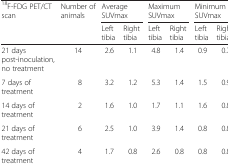
<table><thead><tr><td rowspan="2"><b><sup>18</sup>F-FDG PET/CT scan</b></td><td rowspan="2"><b>Number of animals</b></td><td colspan="2"><b>Average SUVmax</b></td><td colspan="2"><b>Maximum SUVmax</b></td><td colspan="2"><b>Minimum SUVmax</b></td></tr><tr><td><b>Left tibia</b></td><td><b>Right tibia</b></td><td><b>Left tibia</b></td><td><b>Right tibia</b></td><td><b>Left tibia</b></td><td><b>Right tibia</b></td></tr></thead><tbody><tr><td>21 days post-inoculation, no treatment</td><td>14</td><td>2.6</td><td>1.1</td><td>4.8</td><td>1.4</td><td>0.9</td><td>0.7</td></tr><tr><td>7 days of treatment</td><td>8</td><td>3.2</td><td>1.2</td><td>5.3</td><td>1.4</td><td>1.5</td><td>0.9</td></tr><tr><td>14 days of treatment</td><td>2</td><td>1.6</td><td>1.0</td><td>1.7</td><td>1.1</td><td>1.6</td><td>0.8</td></tr><tr><td>21 days of treatment</td><td>6</td><td>2.5</td><td>1.0</td><td>3.9</td><td>1.4</td><td>0.8</td><td>0.8</td></tr><tr><td>42 days of treatment</td><td>4</td><td>1.7</td><td>0.8</td><td>2.6</td><td>0.8</td><td>0.8</td><td>0.8</td></tr></tbody></table>